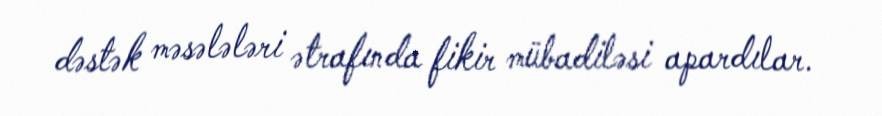
dəstək məsələləri ətrafında fikir mübadiləsi apardılar.